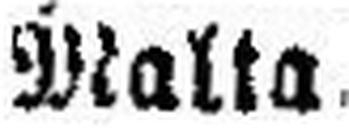
Malta